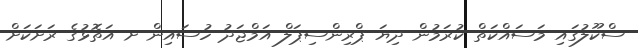
ސްކޫލުގައި މަސައްކަތް ކުރަމުން ދިޔަ ޕްރިންސިޕަލް އަމްޖަދު ހުސައިން ށ އަތޮޅުގެ ރަށަކަށް